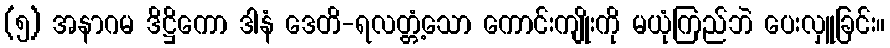
(၅) အနာဂမ ဒိဋ္ဌိကော ဒါနံ ဒေတိ-ရလတ္တံ့သော ကောင်းကျိုးကို မယုံကြည်ဘဲ ပေးလှူခြင်း။